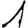
Digit: 1